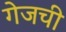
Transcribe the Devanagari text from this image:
गेजची